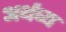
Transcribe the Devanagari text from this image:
अर्थव्य